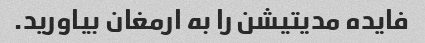
فایده مدیتیشن را به ارمغان بیاورید.